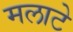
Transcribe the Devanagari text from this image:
मलाटे